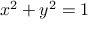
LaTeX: x ^ { 2 } + y ^ { 2 } = 1